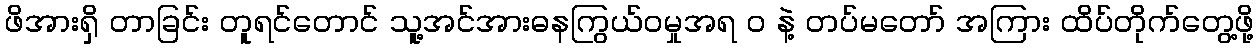
ဖိအားရှိ တာခြင်း တူရင်တောင် သူ့အင်အားဓနကြွယ်ဝမှုအရ ၀ နဲ့ တပ်မတော် အကြား ထိပ်တိုက်တွေ့ဖို့